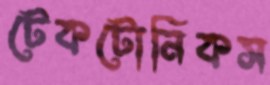
টেকটোনিকস